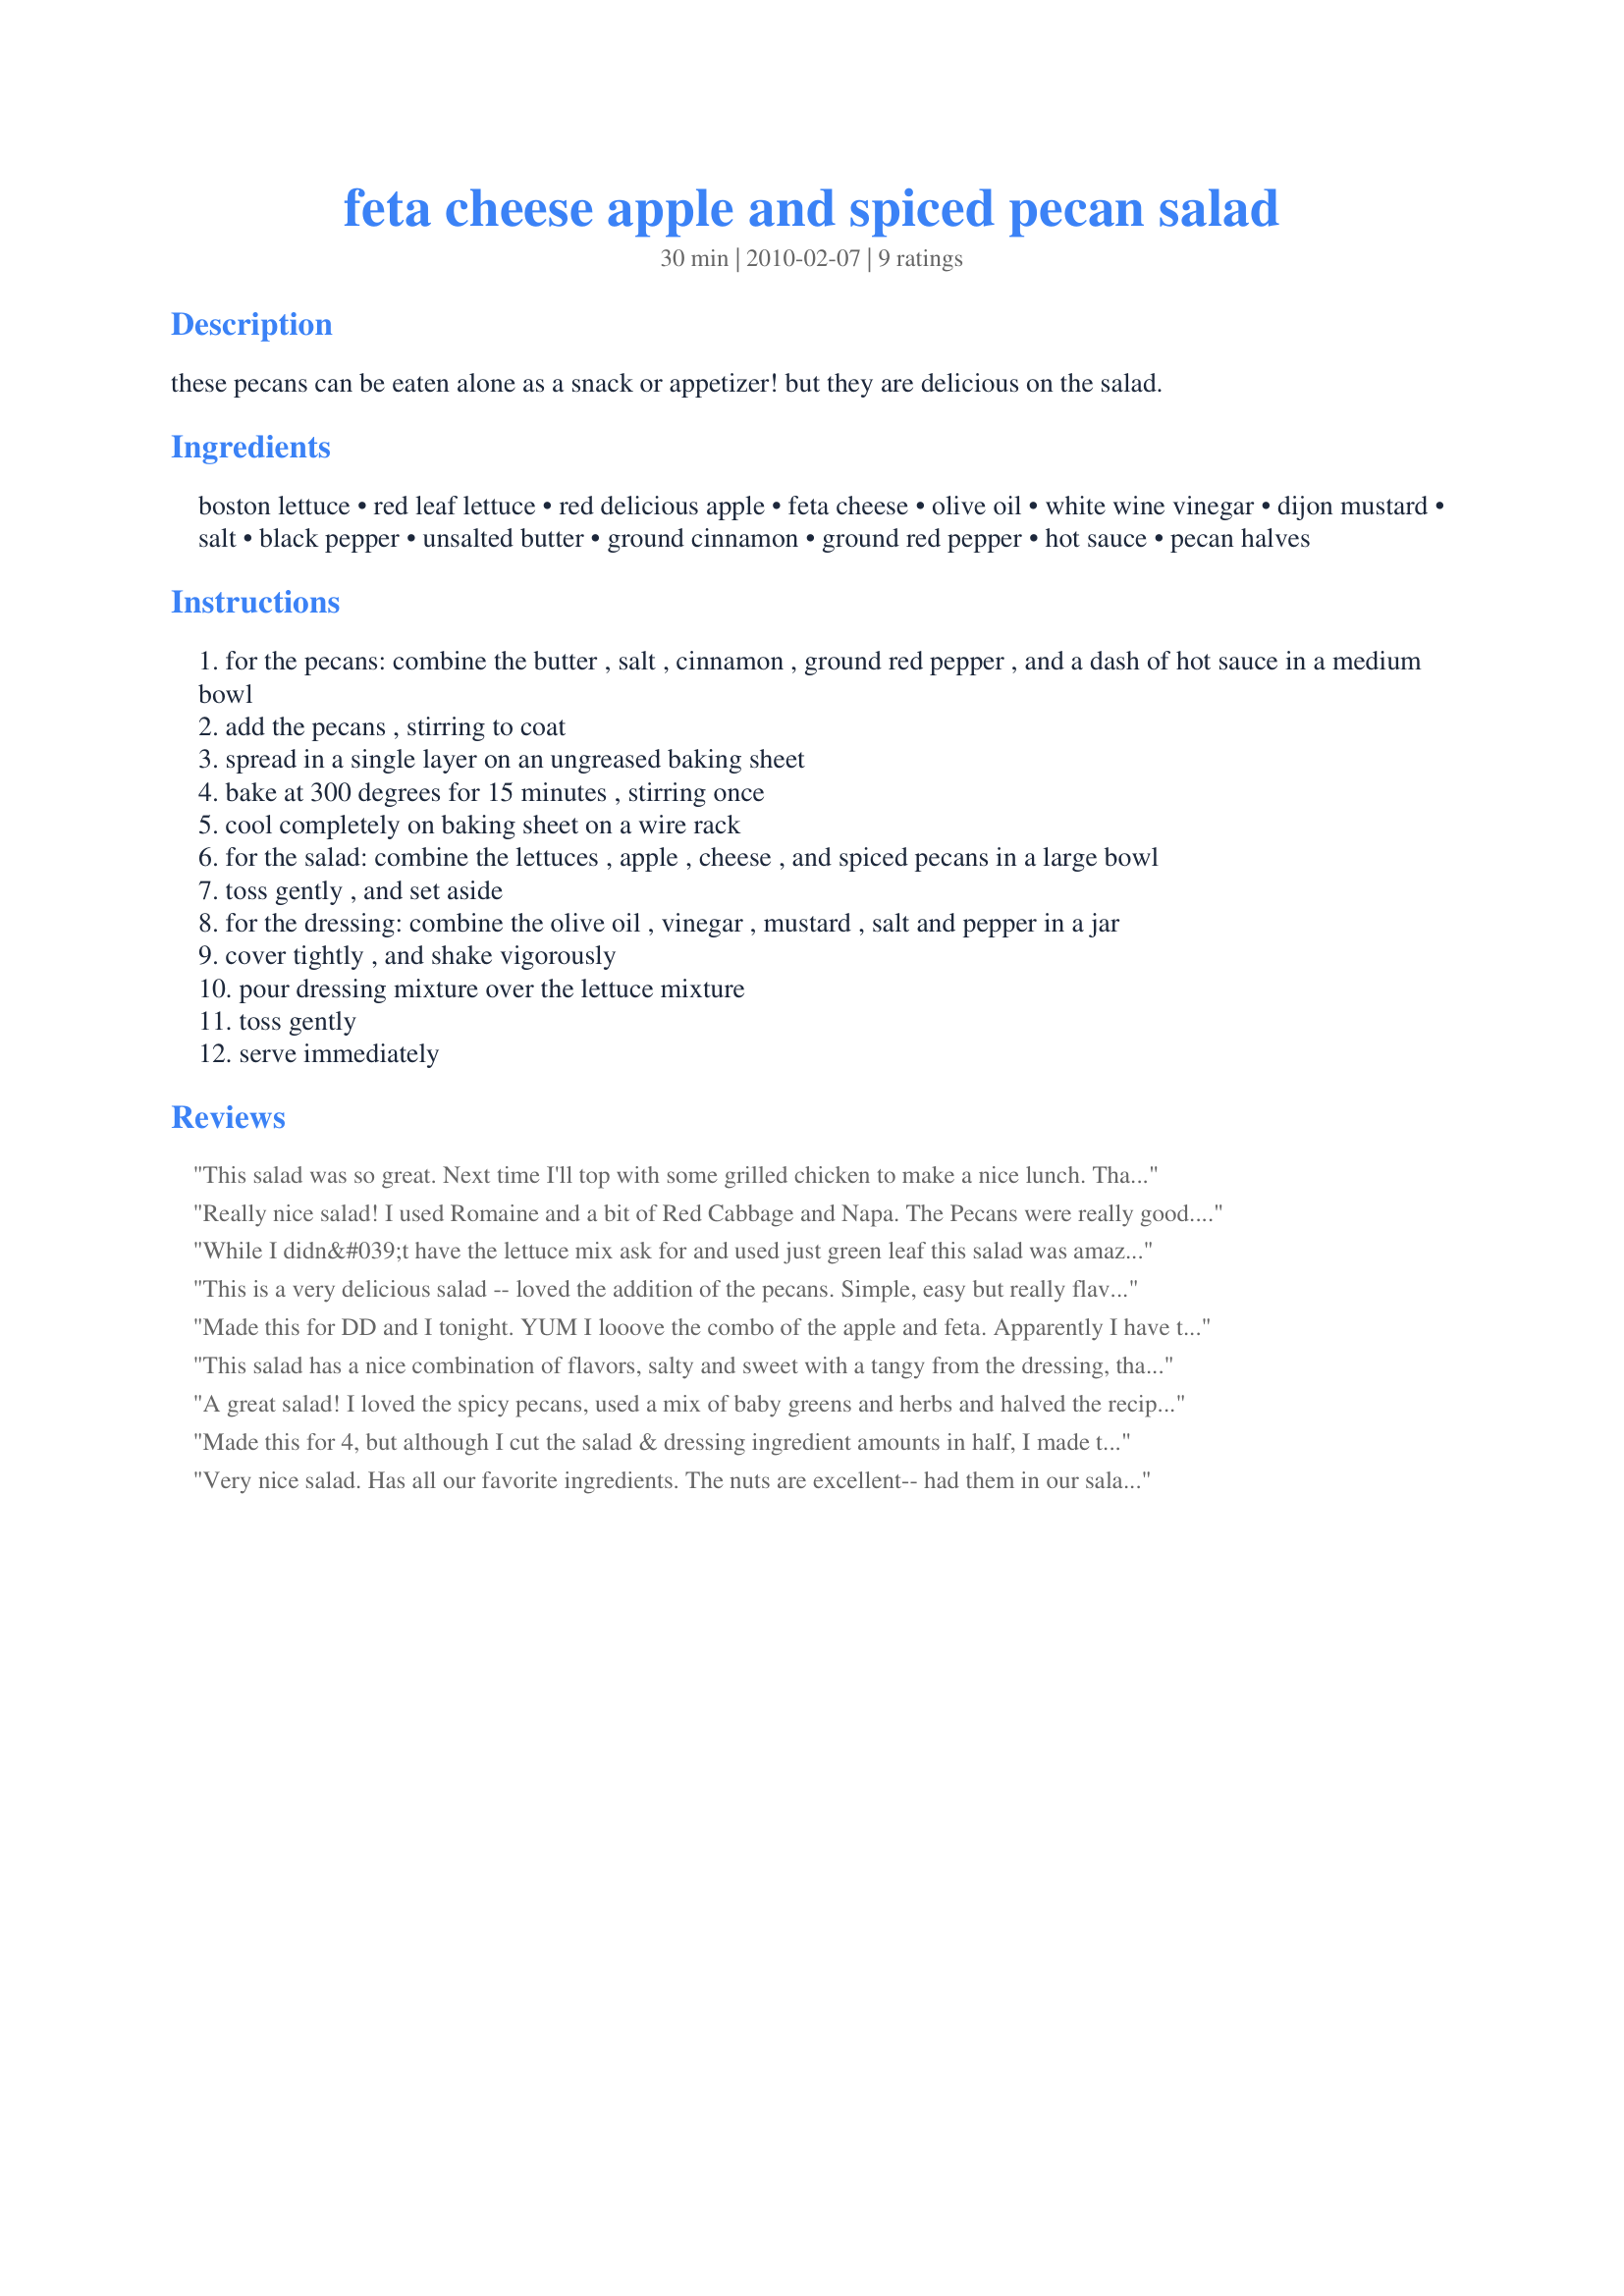
feta cheese apple and spiced pecan salad
Preparation time: 30 minutes

these pecans can be eaten alone as a snack or appetizer! but they are delicious on the salad.

Ingredients:
boston lettuce, red leaf lettuce, red delicious apple, feta cheese, olive oil, white wine vinegar, dijon mustard, salt, black pepper, unsalted butter, ground cinnamon, ground red pepper, hot sauce, pecan halves

Steps:
for the pecans: combine the butter , salt , cinnamon , ground red pepper , and a dash of hot sauce in a medium bowl
add the pecans , stirring to coat
spread in a single layer on an ungreased baking sheet
bake at 300 degrees for 15 minutes , stirring once
cool completely on baking sheet on a wire rack
for the salad: combine the lettuces , apple , cheese , and spiced pecans in a large bowl
toss gently , and set aside
for the dressing: combine the olive oil , vinegar , mustard , salt and pepper in a jar
cover tightly , and shake vigorously
pour dressing mixture over the lettuce mixture
toss gently
serve immediately

Reviews:
This salad was so great. Next time I'll top with some grilled chicken to make a nice lunch. Thanks for posting. Mad efor 1,2,3 hits.
Really nice salad! I used Romaine and a bit of Red Cabbage and Napa. The Pecans were really good. I toasted them for about nine min. in my little toaster oven. Also added some grilled chicken breast. Thanks for posting!
While I didn&#039;t have the lettuce mix ask for and used just green leaf this salad was amazing. I made a smaller amount for my lunch today and loved each and every bite. Crisp and flavorful pretty well sum&#039;s it all up. The pecans would be great all on their own! :D
This is a very delicious salad -- loved the addition of the pecans. Simple, easy but really flavorful. Will be making this salad often.
Made this for DD and I tonight. YUM I looove the combo of the apple and feta. Apparently I have to make 4 servings next time cause DD was begging for more.
This salad has a nice combination of flavors, salty and sweet with a tangy from the dressing, that is topped off with spiced pecans. I made the nuts last week which were easy to make. As breesermom indicated you will munch on some each time you pass the container. This will be nice to serve for a dinner party. Don't go over board with the mustard or you'll mask the other flavors. Made for Please Review My Recipe tag game
A great salad! I loved the spicy pecans, used a mix of baby greens and herbs and halved the recipe. Thanks for an enjoyable salad! Made for PRMR game.
Made this for 4, but although I cut the salad & dressing ingredient amounts in half, I made the entire amount of spiced pecans (a little just for munching later on!) & that workd out just fine! Really enjoyed this salad a lot, & it's now in my keeper file! [Made & reviewed in 1-2-3 Hit Wonders]
Very nice salad. Has all our favorite ingredients. The nuts are excellent-- had them in our salad plus on our ice cream and yes, did munch on them between. LOL! Thanks for sharing, breezer.
